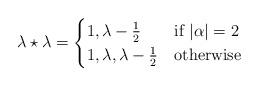
LaTeX: \begin{align*}\lambda \star \lambda = \begin{cases}1, \lambda - \frac{1}{2} & \mbox{if } |\alpha| =2 \\1, \lambda, \lambda - \frac{1}{2} & \mbox{otherwise}\end{cases}\end{align*}